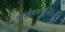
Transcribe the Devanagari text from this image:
अहवालातील